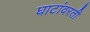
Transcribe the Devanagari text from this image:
घाटांवरती